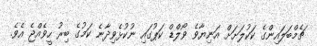
ޗެމްބަލައިންގެ ކަކުލަށަށް އަނިޔާވެ ވޯލްޑް ކަޕުގައި ނުކުޅެވިދާނެ ކަމުގެ ބިރު ހީވެއްޖެ އެވެ.